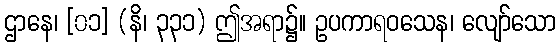
ဌာနေ၊ [၀၁] (နိ၊ ၃၃၁) ဤအရာ၌။ ဥပကာရဝသေန၊ လျော်သော